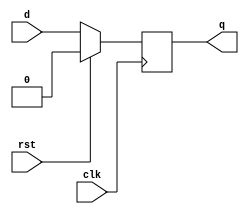
module dff (q, d, clk, rst);
	input d, clk, rst;
	output q;
	reg q;

	always @ (posedge clk) begin
		if (rst) q <= 1'b0;
		else     q <= d;
	end
endmodule

module reg8bit (out, in, clk, ld, asr, lsl, clr);
  input [7:0] in;
  input clk, ld, asr, lsl, clr;
  output [7:0] out;
  wire [7:0] t;
  
  assign t[7] = ld ? in[7] : asr ? out[7] : lsl ? out[6] : out[7];
  assign t[6] = ld ? in[6] : asr ? out[7] : lsl ? out[5] : out[6];
  assign t[5] = ld ? in[5] : asr ? out[6] : lsl ? out[4] : out[5];
  assign t[4] = ld ? in[4] : asr ? out[5] : lsl ? out[3] : out[4];
  assign t[3] = ld ? in[3] : asr ? out[4] : lsl ? out[2] : out[3];
  assign t[2] = ld ? in[2] : asr ? out[3] : lsl ? out[1] : out[2];
  assign t[1] = ld ? in[1] : asr ? out[2] : lsl ? out[0] : out[1];
  assign t[0] = ld ? in[0] : asr ? out[1] : lsl ? 1'b0   : out[0];
  
  dff D7 (out[7], t[7], clk, clr);
  dff D6 (out[6], t[6], clk, clr);
  dff D5 (out[5], t[5], clk, clr);
  dff D4 (out[4], t[4], clk, clr);
  dff D3 (out[3], t[3], clk, clr);
  dff D2 (out[2], t[2], clk, clr);
  dff D1 (out[1], t[1], clk, clr);
  dff D0 (out[0], t[0], clk, clr);
  
endmodule